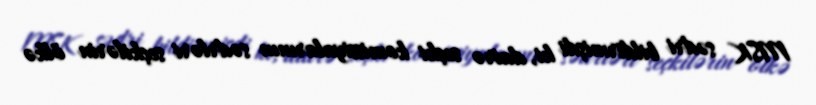
MSK sədri bildirmişdi ki, dairə seçki komissiyalarının sədrləri seçkilərin ölkə